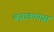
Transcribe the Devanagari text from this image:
बजावण्यास